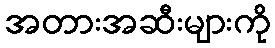
အတားအဆီးများကို